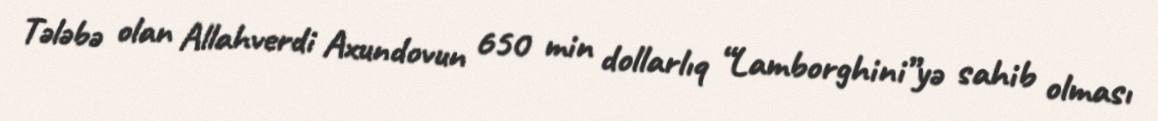
Tələbə olan Allahverdi Axundovun 650 min dollarlıq “Lamborghini”yə sahib olması